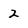
Character: 2